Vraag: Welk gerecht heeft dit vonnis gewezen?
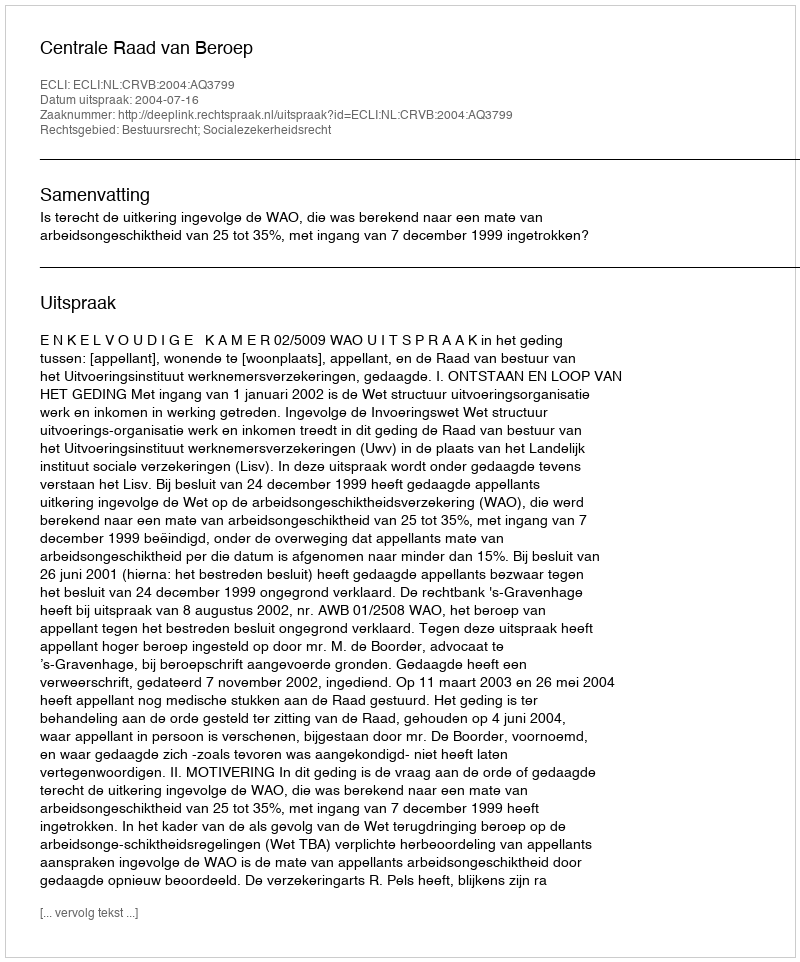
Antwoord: Centrale Raad van Beroep